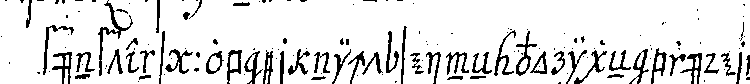
fünftens : ob er nicht seineN vorigeN brüdern